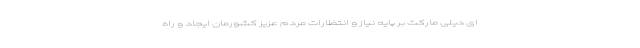
ای دیلی مارکت بر پایه نیاز و انتظارات مردم عزیز کشورمان ایجاد و راه